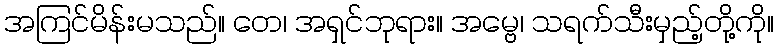
အကြင်မိန်းမသည်။ တေ၊ အရှင်ဘုရား။ အမ္ဗေ၊ သရက်သီးမှည့်တို့ကို။